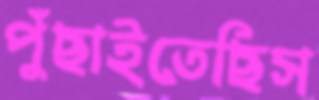
পুঁছাইতেছিস